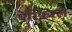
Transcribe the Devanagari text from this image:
पेरिफ़रल